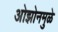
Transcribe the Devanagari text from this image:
ओझोनमुळे